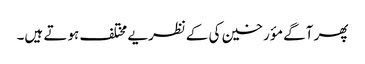
پھر آگے مؤرخین کی کےنظریے مختلف ہوتے ہیں۔